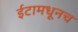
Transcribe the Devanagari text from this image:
ईटामधूनच